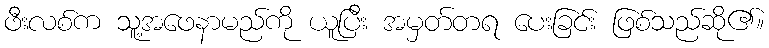
ဖီးလစ်က သူ့အဖေနာမည်ကို ယူပြီး အမှတ်တရ ပေးခြင်း ဖြစ်သည်ဆို၏။